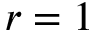
r = 1